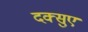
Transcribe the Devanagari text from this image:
दक्सुए